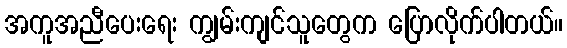
အကူအညီပေးရေး ကျွမ်းကျင်သူတွေက ပြောလိုက်ပါတယ်။